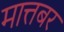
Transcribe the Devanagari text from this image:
मात्तबर